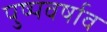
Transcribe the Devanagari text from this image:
पुष्पवर्षाव